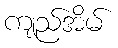
ကျည်အိမ်